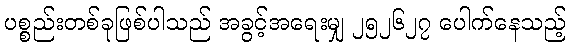
ပစ္စည်းတစ်ခုဖြစ်ပါသည် အခွင့်အရေးမျှ ၂၅၂၆၂၇ ပေါက်နေသည့်